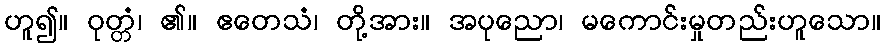
ဟူ၍။ ဝုတ္တံ၊ ၏။ ဧတေသံ၊ တို့အား။ အပုညော၊ မကောင်းမှုတည်းဟူသော။